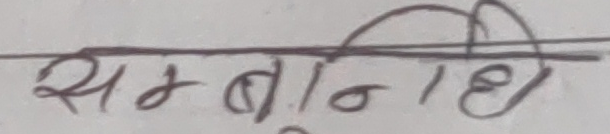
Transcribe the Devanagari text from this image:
सम्भावना